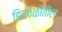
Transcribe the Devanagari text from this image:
हिरवळीतील